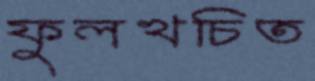
ফুলখচিত